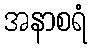
အနာစရံ